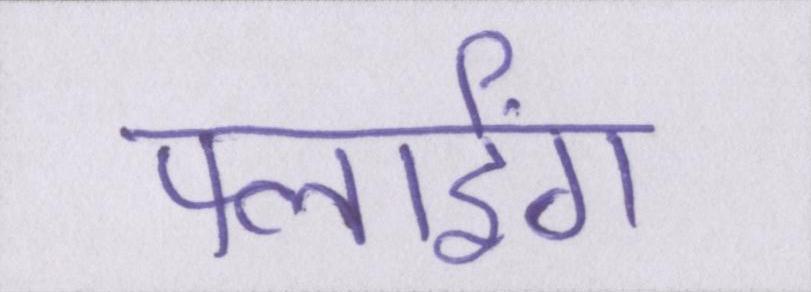
फ्लाईंग